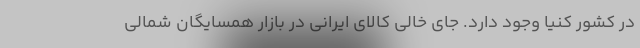
در کشور کنیا وجود دارد. جای خالی کالای ایرانی در بازار همسایگان شمالی